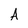
Character: A